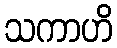
သကာဟိ